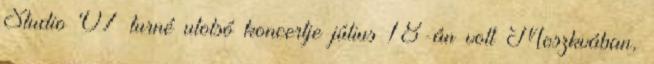
Studio '07 turné utolsó koncertje július 18-án volt Moszkvában,